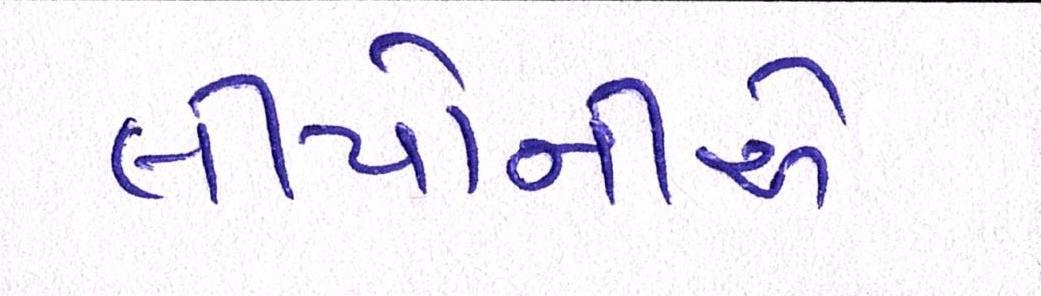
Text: લીયોનીએ